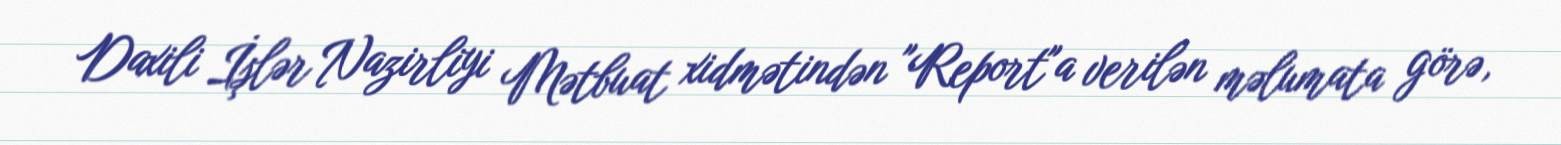
Daxili İşlər Nazirliyi Mətbuat xidmətindən "Report"a verilən məlumata görə,